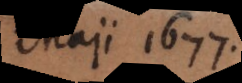
Maji 1677